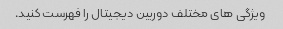
ویژگی های مختلف دوربین دیجیتال را فهرست کنید.